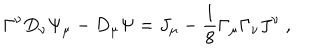
\Gamma ^ { \nu } D _ { \nu } \Psi _ { \mu } - D _ { \mu } \Psi = J _ { \mu } - \frac { 1 } { 8 } \Gamma _ { \mu } \Gamma _ { \nu } J ^ { \nu } ~ ,